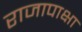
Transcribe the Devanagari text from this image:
राजापाक्षा